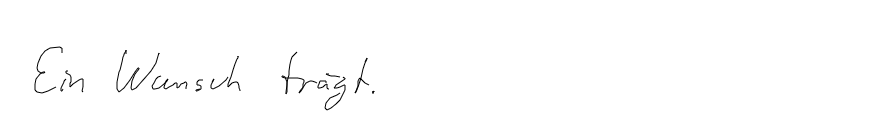
Ein Wunsch trägt.